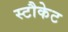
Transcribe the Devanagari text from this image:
स्टौकेट